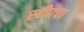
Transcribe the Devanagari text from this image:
स्वीपचा